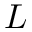
L